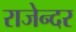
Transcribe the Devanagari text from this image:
राजेन्दर